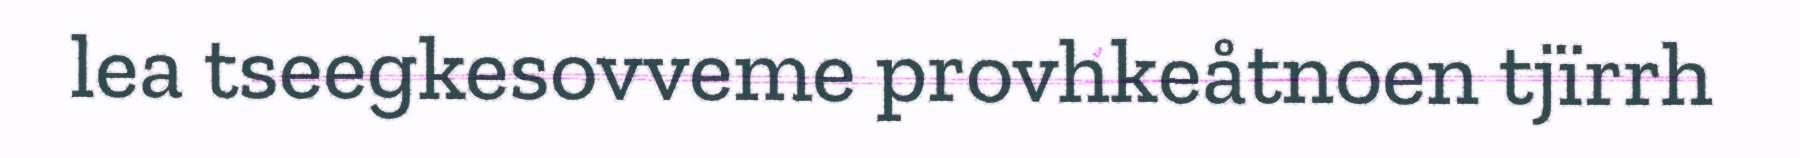
lea tseegkesovveme provhkeåtnoen tjïrrh